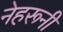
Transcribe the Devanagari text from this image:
नेहरूनी